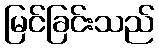
မြင်ခြင်းသည်